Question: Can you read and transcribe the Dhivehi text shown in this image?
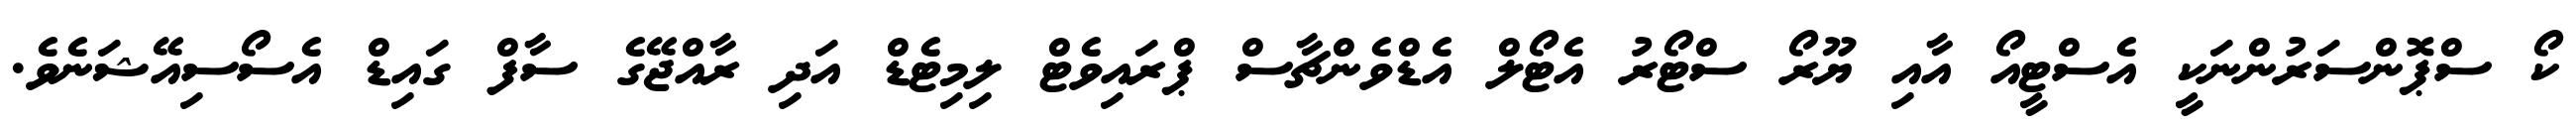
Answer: ކޯ ސްޕޮންސަރުންނަކީ އެސްޓީއޯ އާއި ޔޫރޯ ސްޓޯރު އެޓޯލް އެޑްވެންޗާސް ޕްރައިވެޓް ލިމިޓެޑް އަދި ރާއްޖޭގެ ސާފް ގައިޑް އެސޯސިއޭޝަނެވެ.